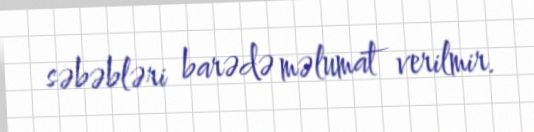
səbəbləri barədə məlumat verilmir.